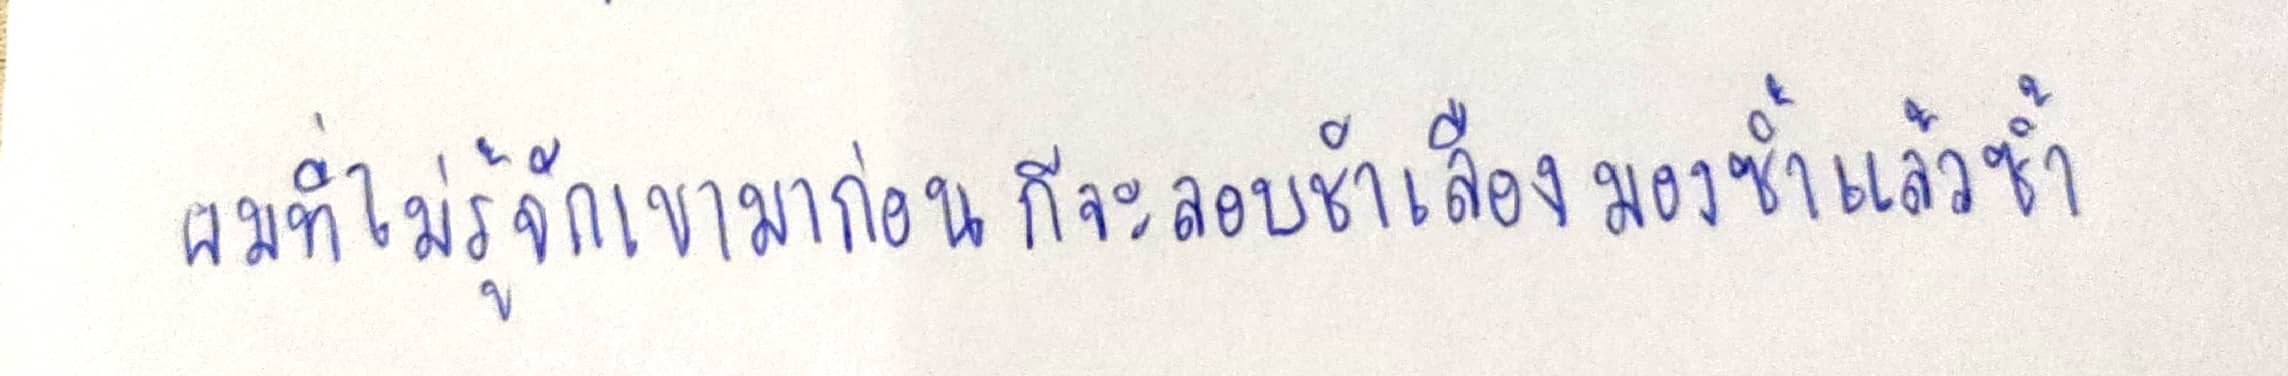
ผู้ที่ไม่รู้จักเขามาก่อนก็จะลอบชำเลืองมองซ้ำแล้วซ้ำ